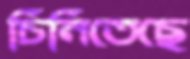
চিনিতেছে